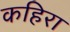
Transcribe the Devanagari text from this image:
कहिरा